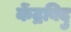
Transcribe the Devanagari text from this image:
केंद्रबिदु